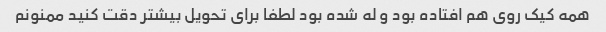
همه کیک روی هم افتاده بود و له شده بود لطفا برای تحویل بیشتر دقت کنید ممنونم